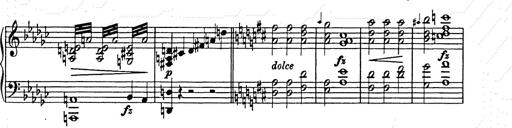
Title: Allegro di bravura
Composer: Carl Maria von Weber
Key: D major